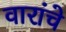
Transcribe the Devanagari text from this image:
वारांचे